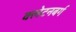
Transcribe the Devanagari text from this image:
क्लेटनबर्ग